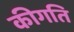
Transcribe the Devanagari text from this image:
कीगति